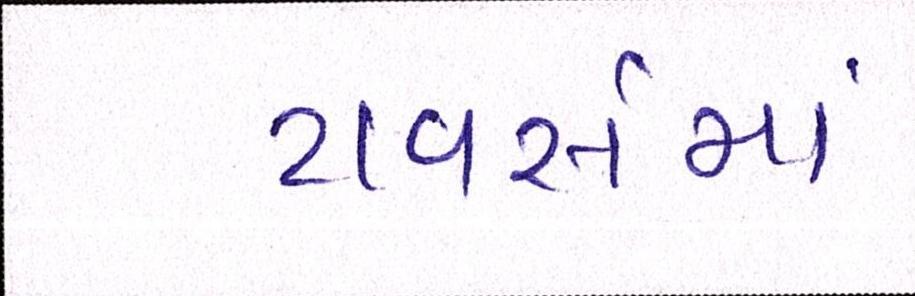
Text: ટાવર્સમાં